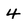
Character: 4